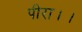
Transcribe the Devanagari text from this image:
पीरा।।